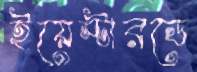
ইয়েস্টারডে